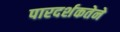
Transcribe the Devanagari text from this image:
पारदर्शकतेने